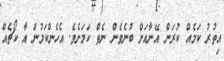
އިތުރު ކަމެއް ކުރަން އޭނާއަށް ބުނެވެން ނެތް ކަމަށެވެ. އެހެންކަމުން އާ ކޯޗެއް